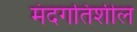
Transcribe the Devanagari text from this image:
मंदगतिशील